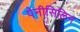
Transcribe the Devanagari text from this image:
पेनीसिलिन